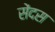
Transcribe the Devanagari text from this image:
सेंदस